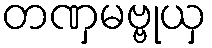
တဏှမဗ္ဗုယှ